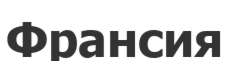
Франсия